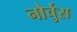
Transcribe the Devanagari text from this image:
नोर्चुस